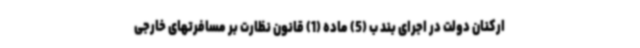
ارکنان دولت در اجرای بند ب (5) ماده (1) قانون نظارت بر مسافرتهای خارجی